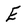
Character: e